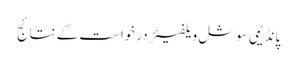
پانڈیمی سوشل ویلفیئر درخواست کے نتائج